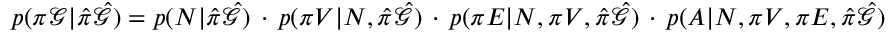
\begin{array} { r } { p ( \pi \mathcal { G } | \hat { \pi } \hat { \mathcal { G } } ) = p ( N | \hat { \pi } \hat { \mathcal { G } } ) \, \cdot \, p ( \pi V | N , \hat { \pi } \hat { \mathcal { G } } ) \, \cdot \, p ( \pi E | N , \pi V , \hat { \pi } \hat { \mathcal { G } } ) \, \cdot \, p ( A | N , \pi V , \pi E , \hat { \pi } \hat { \mathcal { G } } ) } \end{array}